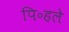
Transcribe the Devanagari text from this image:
पि॰हले